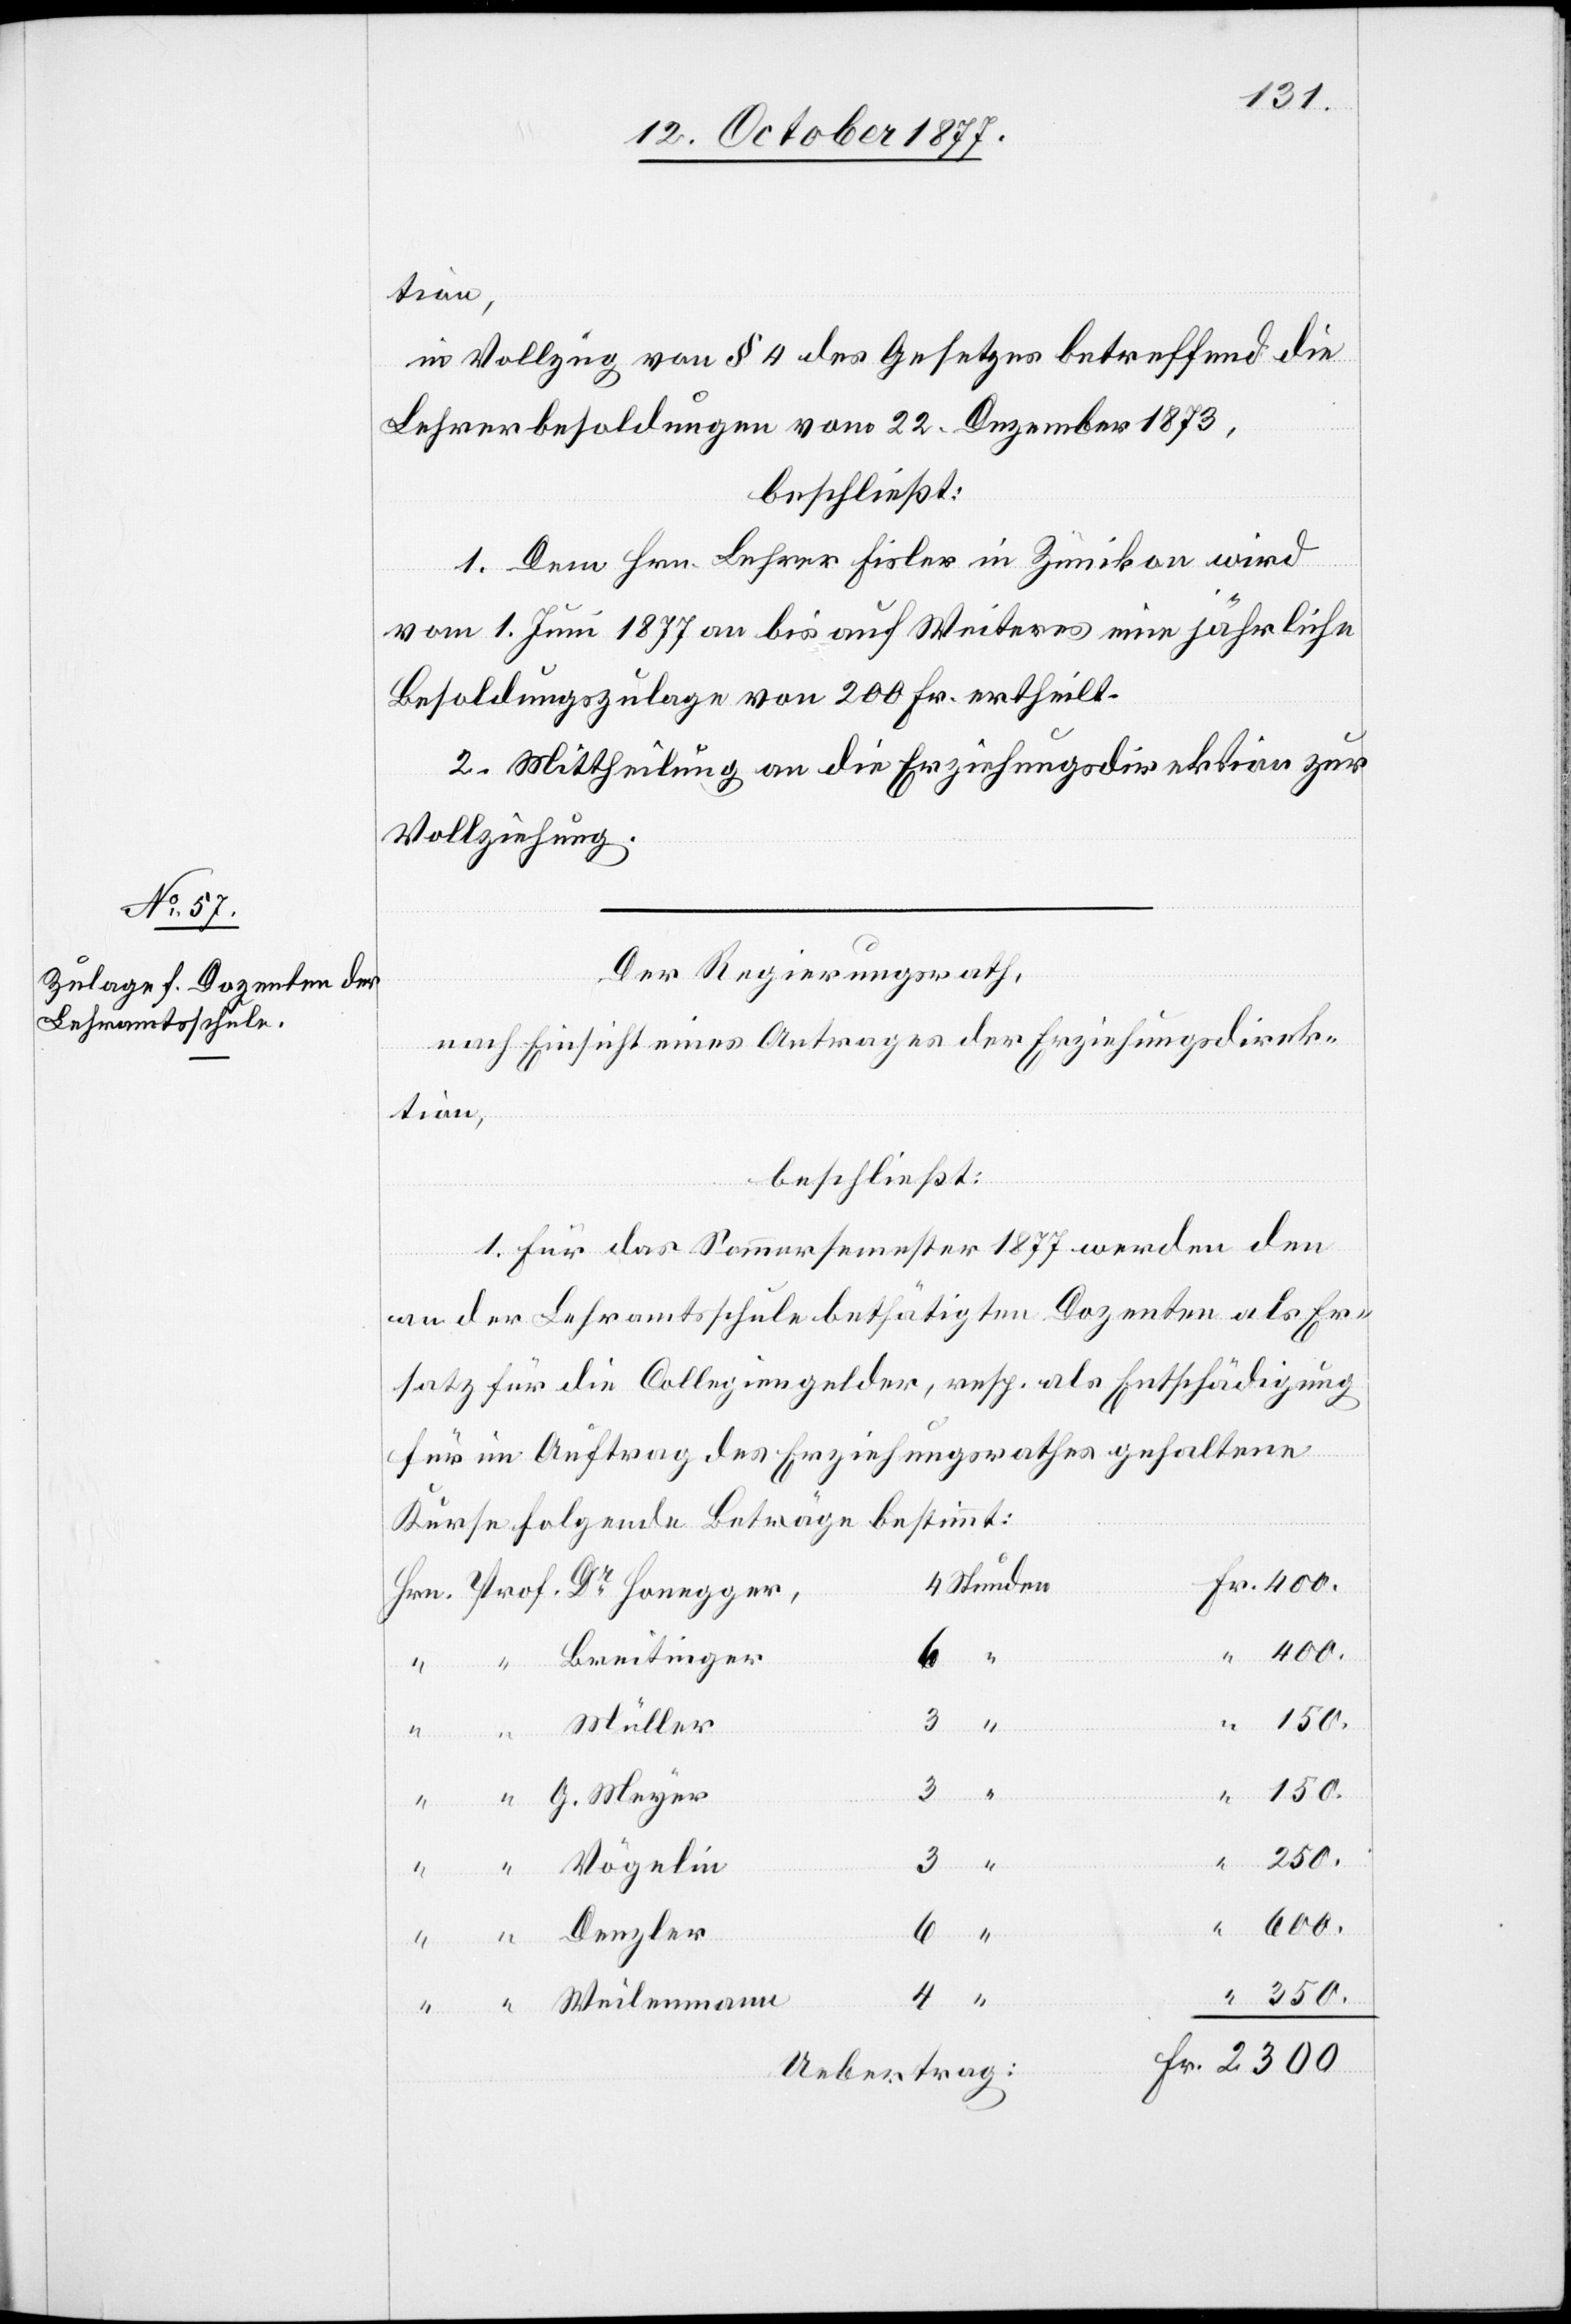
in Vollzug v on § 4 des Gesetzes betreffend die
Lehrerbesoldungen vom 22. Dezember 1873,
beschließt:
1. Dem Hrn. Lehrer Fisler in Zünikon wird
vom 1. Juni 1877 an bis auf Weiteres eine jährliche
Besoldungszulage von 200 Fr. ertheilt.
2. Mittheilung an die Erziehungsdirektion zur
Vollziehung.
Der Regierungsrath,
nach Einsicht eines Antrages der Erziehungsdirek¬
tion,
beschließt:
1. Für das Sommersemester 1877 werden den
an der Lehramtsschule bethätigten Dozenten als Er¬
satz für die Collegiengelder, resp. als Entschädigung
für im Auftrag des Erziehungsrathes gehaltene
Kurse folgende Beträge bestimmt:
4 Stunden
Breitinger
6 “
G.
150.
3
Müller
“ Weilenmann
4
350.
600.
“ Denzler